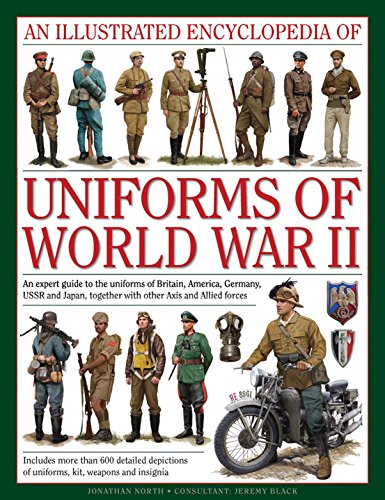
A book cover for An Illustrated Encyclopedia of Uniforms of World War II: An Expert Guide To The Uniforms Of Britain, America, Germany, Ussr And Japan, Together With Other Axis And Allied Forces; Jonathan North; History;